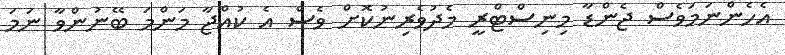
އެހެންނަމަވެސް ޖެންޑާ މިނިސްޓްރީ މެދުވެރިނުކޮށް ވެސް އެ ކުއްޖާ މަންމަ ބޭނުންވާ ނަމަ